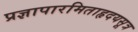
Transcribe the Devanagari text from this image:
प्रज्ञापारमिताहृदयसूत्र